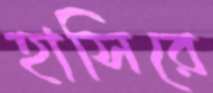
হাসিরে